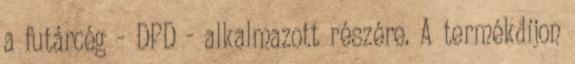
a futárcég - DPD - alkalmazott részére. A termékdíjon